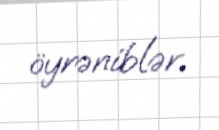
öyrəniblər.